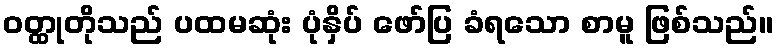
ဝတ္ထုတိုသည် ပထမဆုံး ပုံနှိပ် ဖော်ပြ ခံရသော စာမူ ဖြစ်သည်။